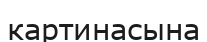
картинасына